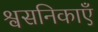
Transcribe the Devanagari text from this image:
श्वसनिकाएँ